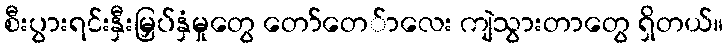
စီးပွားရင်းနှီးမြှပ်နှံမှုတွေ တော်တေ်ာလေး ကျဲသွားတာတွေ ရှိတယ်။